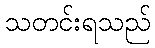
သတင်းရသည်